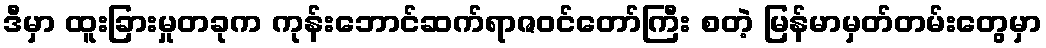
ဒီမှာ ထူးခြားမှုတခုက ကုန်းဘောင်ဆက်ရာဇဝင်တော်ကြီး စတဲ့ မြန်မာမှတ်တမ်းတွေမှာ